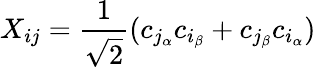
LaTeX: X_{ij}=\frac{1}{\sqrt{2}}(c_{{j_{\alpha}}}c_{{i_{\beta}}}+c_{{j_{\beta}}}c_{{i_{\alpha}}})